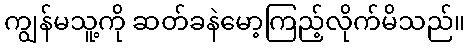
ကျွန်မသူ့ကို ဆတ်ခနဲမော့ကြည့်လိုက်မိသည်။